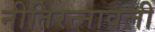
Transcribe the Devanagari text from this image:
नीतिरत्नावली